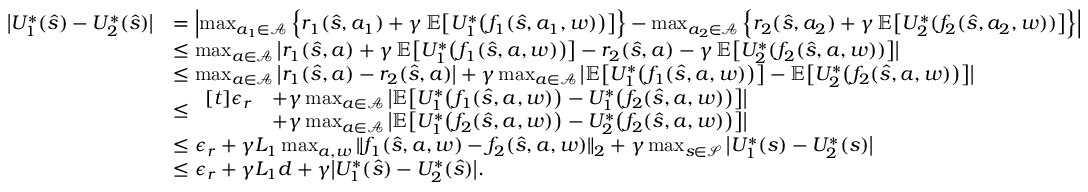
\begin{array} { r l } { \bigl | U _ { 1 } ^ { * } ( \hat { s } ) - U _ { 2 } ^ { * } ( \hat { s } ) \bigr | } & { = \Bigl | \operatorname* { m a x } _ { a _ { 1 } \in \mathcal { A } } \, \Bigl \{ r _ { 1 } ( \hat { s } , a _ { 1 } ) + \gamma \, \mathbb { E } \bigl [ U _ { 1 } ^ { * } \bigl ( f _ { 1 } ( \hat { s } , a _ { 1 } , w ) \bigr ) \bigr ] \Bigr \} - \operatorname* { m a x } _ { a _ { 2 } \in \mathcal { A } } \, \Bigl \{ r _ { 2 } ( \hat { s } , a _ { 2 } ) + \gamma \, \mathbb { E } \bigl [ U _ { 2 } ^ { * } ( f _ { 2 } ( \hat { s } , a _ { 2 } , w ) ) \bigr ] \Bigr \} \Bigr | } \\ & { \leq \operatorname* { m a x } _ { a \in \mathcal { A } } \, \bigl | r _ { 1 } ( \hat { s } , a ) + \gamma \, \mathbb { E } \bigl [ U _ { 1 } ^ { * } \bigl ( f _ { 1 } ( \hat { s } , a , w ) \bigr ) \bigr ] - r _ { 2 } ( \hat { s } , a ) - \gamma \, \mathbb { E } \bigl [ U _ { 2 } ^ { * } ( f _ { 2 } ( \hat { s } , a , w ) ) \bigr ] \bigr | } \\ & { \leq \operatorname* { m a x } _ { a \in \mathcal { A } } \, \bigl | r _ { 1 } ( \hat { s } , a ) - r _ { 2 } ( \hat { s } , a ) \bigr | + \gamma \operatorname* { m a x } _ { a \in \mathcal { A } } \, \bigl | \mathbb { E } \bigl [ U _ { 1 } ^ { * } \bigl ( f _ { 1 } ( \hat { s } , a , w ) \bigr ) \bigr ] - \mathbb { E } \bigl [ U _ { 2 } ^ { * } \bigl ( f _ { 2 } ( \hat { s } , a , w ) \bigr ) \bigr ] \bigr | } \\ & { \leq \begin{array} { r l } { [ t ] \epsilon _ { r } } & { + \gamma \operatorname* { m a x } _ { a \in \mathcal { A } } \, \bigl | \mathbb { E } \bigl [ U _ { 1 } ^ { * } \bigl ( f _ { 1 } ( \hat { s } , a , w ) \bigr ) - U _ { 1 } ^ { * } \bigl ( f _ { 2 } ( \hat { s } , a , w ) \bigr ) \bigr ] \bigr | } \\ & { + \gamma \operatorname* { m a x } _ { a \in \mathcal { A } } \, \bigl | \mathbb { E } \bigl [ U _ { 1 } ^ { * } \bigl ( f _ { 2 } ( \hat { s } , a , w ) \bigr ) - U _ { 2 } ^ { * } \bigl ( f _ { 2 } ( \hat { s } , a , w ) \bigr ) \bigr ] \bigr | } \end{array} } \\ & { \leq \epsilon _ { r } + \gamma L _ { 1 } \operatorname* { m a x } _ { a , w } \| f _ { 1 } ( \hat { s } , a , w ) - f _ { 2 } ( \hat { s } , a , w ) \| _ { 2 } + \gamma \operatorname* { m a x } _ { s \in \mathcal { S } } \, \bigl | U _ { 1 } ^ { * } ( s ) - U _ { 2 } ^ { * } ( s ) \bigr | } \\ & { \leq \epsilon _ { r } + \gamma L _ { 1 } d + \gamma \bigl | U _ { 1 } ^ { * } ( \hat { s } ) - U _ { 2 } ^ { * } ( \hat { s } ) \bigr | . } \end{array}